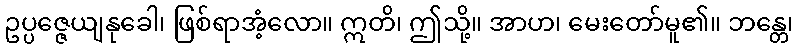
ဥပ္ပဇ္ဇေယျနုခေါ၊ ဖြစ်ရာအံ့လော။ ဣတိ၊ ဤသို့။ အာဟ၊ မေးတော်မူ၏။ ဘန္တေ၊